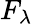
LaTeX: F_{\lambda}